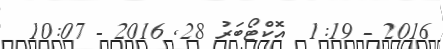
2016 - 1:19  އޮކްޓޯބަރު 28